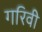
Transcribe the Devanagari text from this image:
गरिवी